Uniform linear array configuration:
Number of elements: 64
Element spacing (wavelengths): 1
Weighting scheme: exponential
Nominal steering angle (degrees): -60
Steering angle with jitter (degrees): -59.951
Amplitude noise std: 0.05
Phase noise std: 0.05

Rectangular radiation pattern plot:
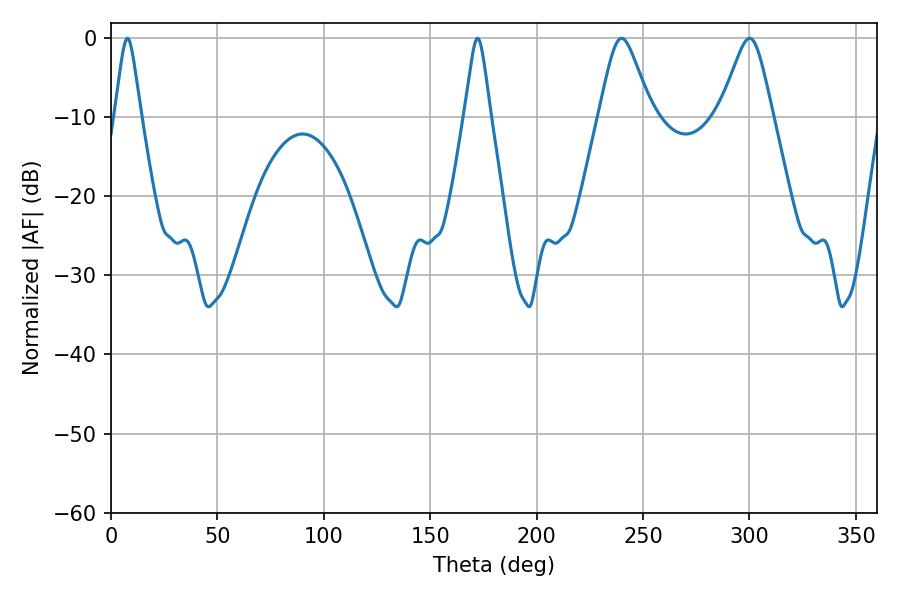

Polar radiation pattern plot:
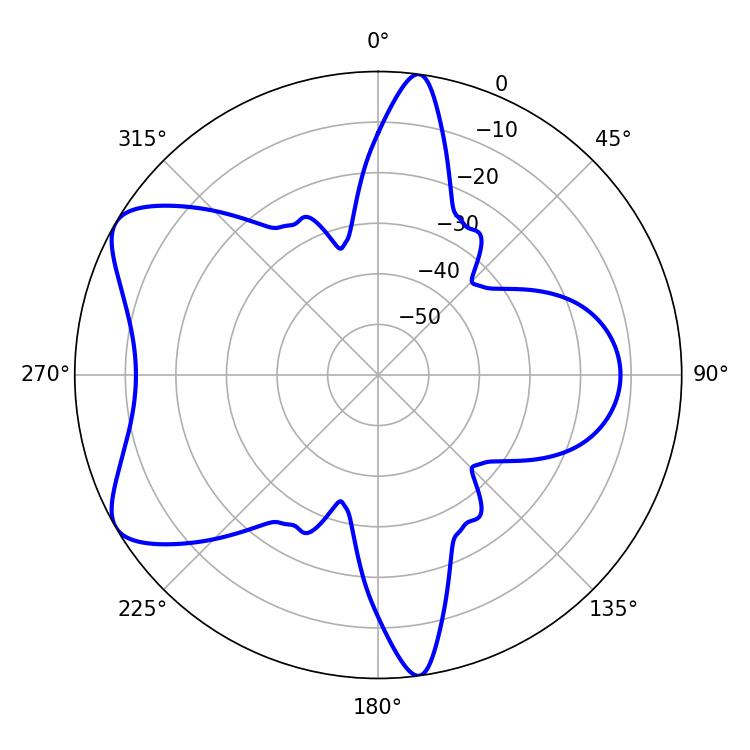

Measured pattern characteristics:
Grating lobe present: TRUE
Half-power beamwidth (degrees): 5.76
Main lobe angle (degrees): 7.74